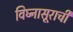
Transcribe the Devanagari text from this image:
विघ्‍नासूराची